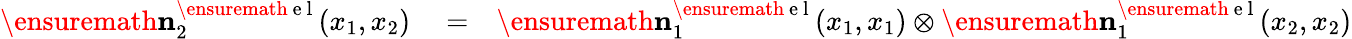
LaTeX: \begin{array}{rlr}{\ensuremath{\mathbf{n}}_{2}^{\ensuremath{\mathrm{~e~l~}}}(x_{1},x_{2})}&{{}=}&{\ensuremath{\mathbf{n}}_{1}^{\ensuremath{\mathrm{~e~l~}}}(x_{1},x_{1})\otimes\ensuremath{\mathbf{n}}_{1}^{\ensuremath{\mathrm{~e~l~}}}(x_{2},x_{2})}\end{array}